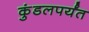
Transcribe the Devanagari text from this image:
कुंडलपर्यंत